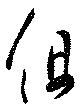
伹